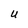
Character: U